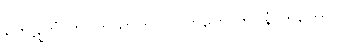
ကေဋုဘံ တု ကြိယာကပ္ပ၊ ဝိကပ္ပော ကဝိနံ ဟိတော။